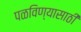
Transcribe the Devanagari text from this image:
पळविण्यासाठी